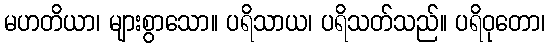
မဟတိယာ၊ များစွာသော။ ပရိသာယ၊ ပရိသတ်သည်။ ပရိဝုတော၊